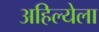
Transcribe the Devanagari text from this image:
अहिल्येला